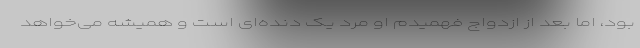
بود، اما بعد از ازدواج فهمیدم او مرد یک دنده‌ای است و همیشه می‌خواهد